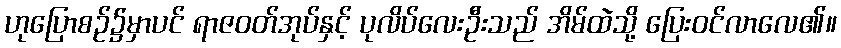
ဟုပြောစဉ်၌မှာပင် ရာဇဝတ်အုပ်နှင့် ပုလိပ်လေးဦးသည် အိမ်ထဲသို့ ပြေးဝင်လာလေ၏။